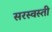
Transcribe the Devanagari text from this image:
सरस्वस्ती